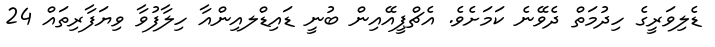
ޑެލިވަރީގެ ހިދުމަތް ދެވޭނެ ކަމަށެވެ. އެޗްޕީއޭއިން ބުނީ ޑައިޑްލއިންއާ ހިލާފުވާ ވިޔަފާރިތައް 24